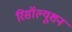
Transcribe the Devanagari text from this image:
रिसॉल्यूशन